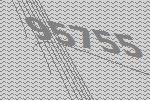
95755